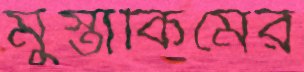
মুস্তাকিমের